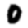
Digit: 0